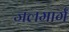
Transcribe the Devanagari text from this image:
जलमार्गं